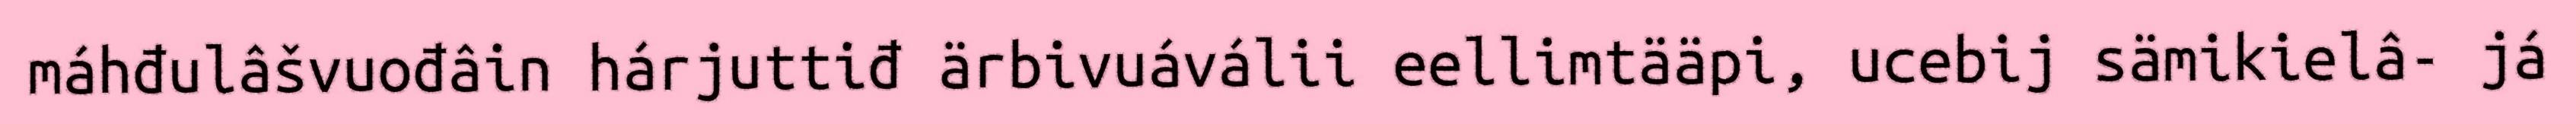
máhđulâšvuođâin hárjuttiđ ärbivuáválii eellimtääpi, ucebij sämikielâ- já